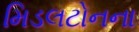
મિડલટોનના